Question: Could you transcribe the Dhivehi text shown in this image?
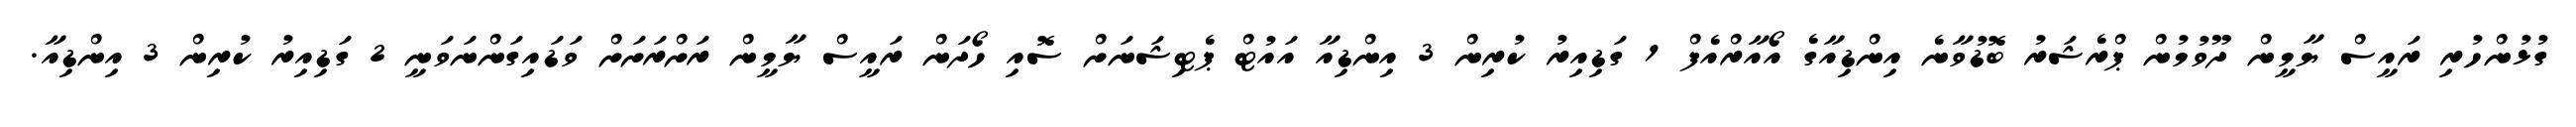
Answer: ގުޅުންހުރި ރައީސް ޔާމީން ދޫވުމުން ޕްރެޝަރު ބޮޑުވާނެ އިންޑިއާގެ އޯއާރްއެފް 1 ގަޑިއިރު ކުރިން 3 އިންޑިއާ އައުޓް ޕެޓިޝަނަށް ސޮއި ހޯދަން ރައީސް ޔާމީން ރަށްރަށަށް ވަޑައިގަންނަވަނީ 2 ގަޑިއިރު ކުރިން 3 އިންޑިއާ.